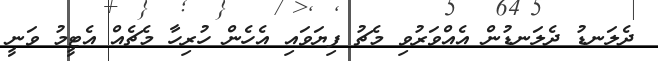
ދެލަނޑު ދެލަނޑުން އެއްވަރުވި މެޗު ފިޔަވައި އެހެން ހުރިހާ މެޗެއް އެޓީމު ވަނީ